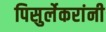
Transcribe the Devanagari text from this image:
पिसुर्लेकरांनी